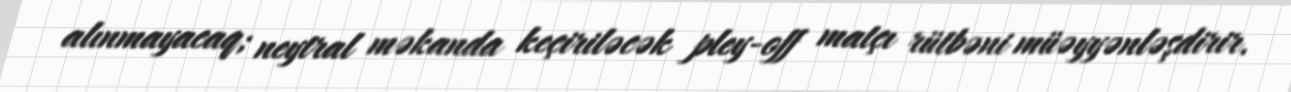
alınmayacaq; neytral məkanda keçiriləcək pley-off matçı rütbəni müəyyənləşdirir.